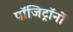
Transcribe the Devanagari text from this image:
पॉजिट्रॉनों